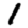
Digit: 1